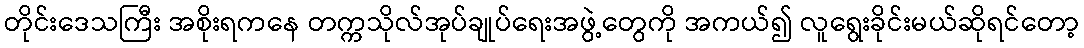
တိုင်းဒေသကြီး အစိုးရကနေ တက္ကသိုလ်အုပ်ချုပ်ရေးအဖွဲ့တွေကို အကယ်၍ လူရွေးခိုင်းမယ်ဆိုရင်တော့